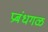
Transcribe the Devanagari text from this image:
प्रबंधगळ